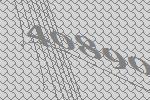
40890